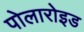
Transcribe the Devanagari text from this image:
पोलारोइड